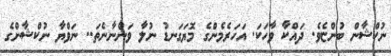
ނުކްޝާން ބުންޏެވެ. ދައްކާ ވާހަކަ. އަހަރެމެންގެ މޮޔަގަނޑު ނުލާ ވަންނާނެތަ.. ނަވްޔާ ނުކްޝާންގެ